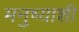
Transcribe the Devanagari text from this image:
मनुष्याशी